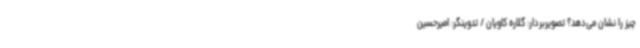
چیز را نشان می‌دهد؟ تصویربردار: گلاره کاویان / تدوینگر: امیرحسین